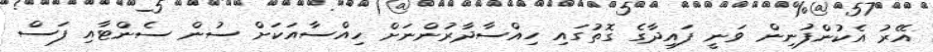
އޭރު އެކުންފުނިން ވަނީ ފައިދާގެ ގޮތުގައި ހިއްސާދާރުންނަށް ހިއްސާއަކަށް ސުން ސެންޓާއި ފަސް